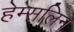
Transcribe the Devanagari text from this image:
हेम्सलिन